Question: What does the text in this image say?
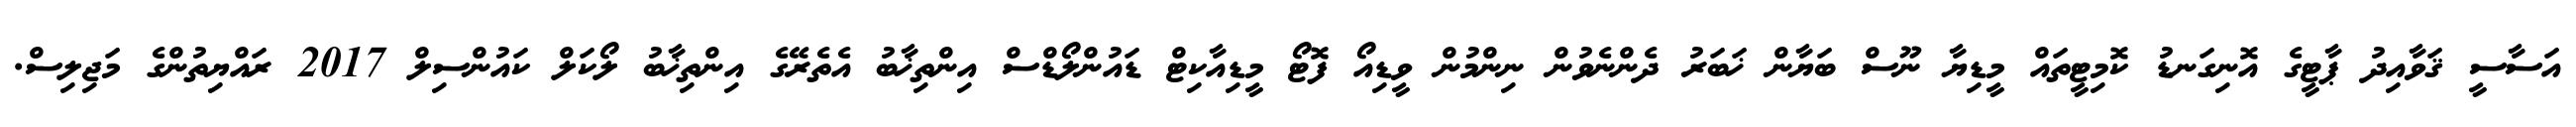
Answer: އަސާސީ ޤަވާއިދު ޕާޓީގެ އޮނިގަނޑު ކޮމިޓީތައް މީޑިޔާ ނޫސް ބަޔާން ޚަބަރު ދެންނެވުން ނިންމުން ވީޑިއޯ ފޮޓޯ މީޑިއާކިޓް ޑައުންލޯޑްސް އިންތިޚާބު އެތެރޭގެ އިންތިޚާބު ލޯކަލް ކައުންސިލް 2017 ރައްޔިތުންގެ މަޖިލިސް.